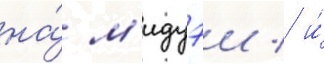
на́ м'идуэи / и́